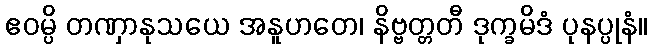
ဧဝမ္ပိ တဏှာနုသယေ အနူဟတေ၊ နိဗ္ဗတ္တတီ ဒုက္ခမိဒံ ပုနပ္ပုနံ။